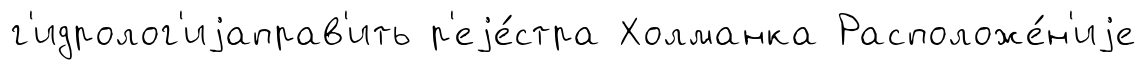
г'идролог'иjаправ'ить р'еjе́стра Холманка Расположе́н'иjе